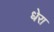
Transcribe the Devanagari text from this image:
धेरा